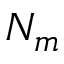
N _ { m }